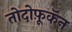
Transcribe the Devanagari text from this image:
तोदोफ़ूकॅन